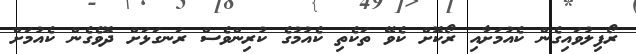
ރޯފިލުވައިގެން ކެއުމަށާއި ރޯކޮށް ކެވޭ ތަކެތި ކެއުމުގެ ކުރިންވެސް ރަނގަޅަށް ދޮވެގެން ކެއުމަށް